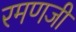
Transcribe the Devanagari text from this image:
रमणजी